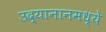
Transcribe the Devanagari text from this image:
उद्यानानमध्ये